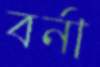
বর্না